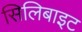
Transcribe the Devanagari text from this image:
सिलिबाइट